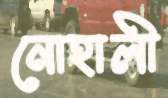
নোহালী